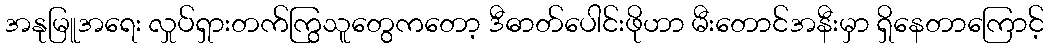
အနုမြူအရေး လှုပ်ရှားတက်ကြွသူတွေကတော့ ဒီဓာတ်ပေါင်းဖိုဟာ မီးတောင်အနီးမှာ ရှိနေတာကြောင့်